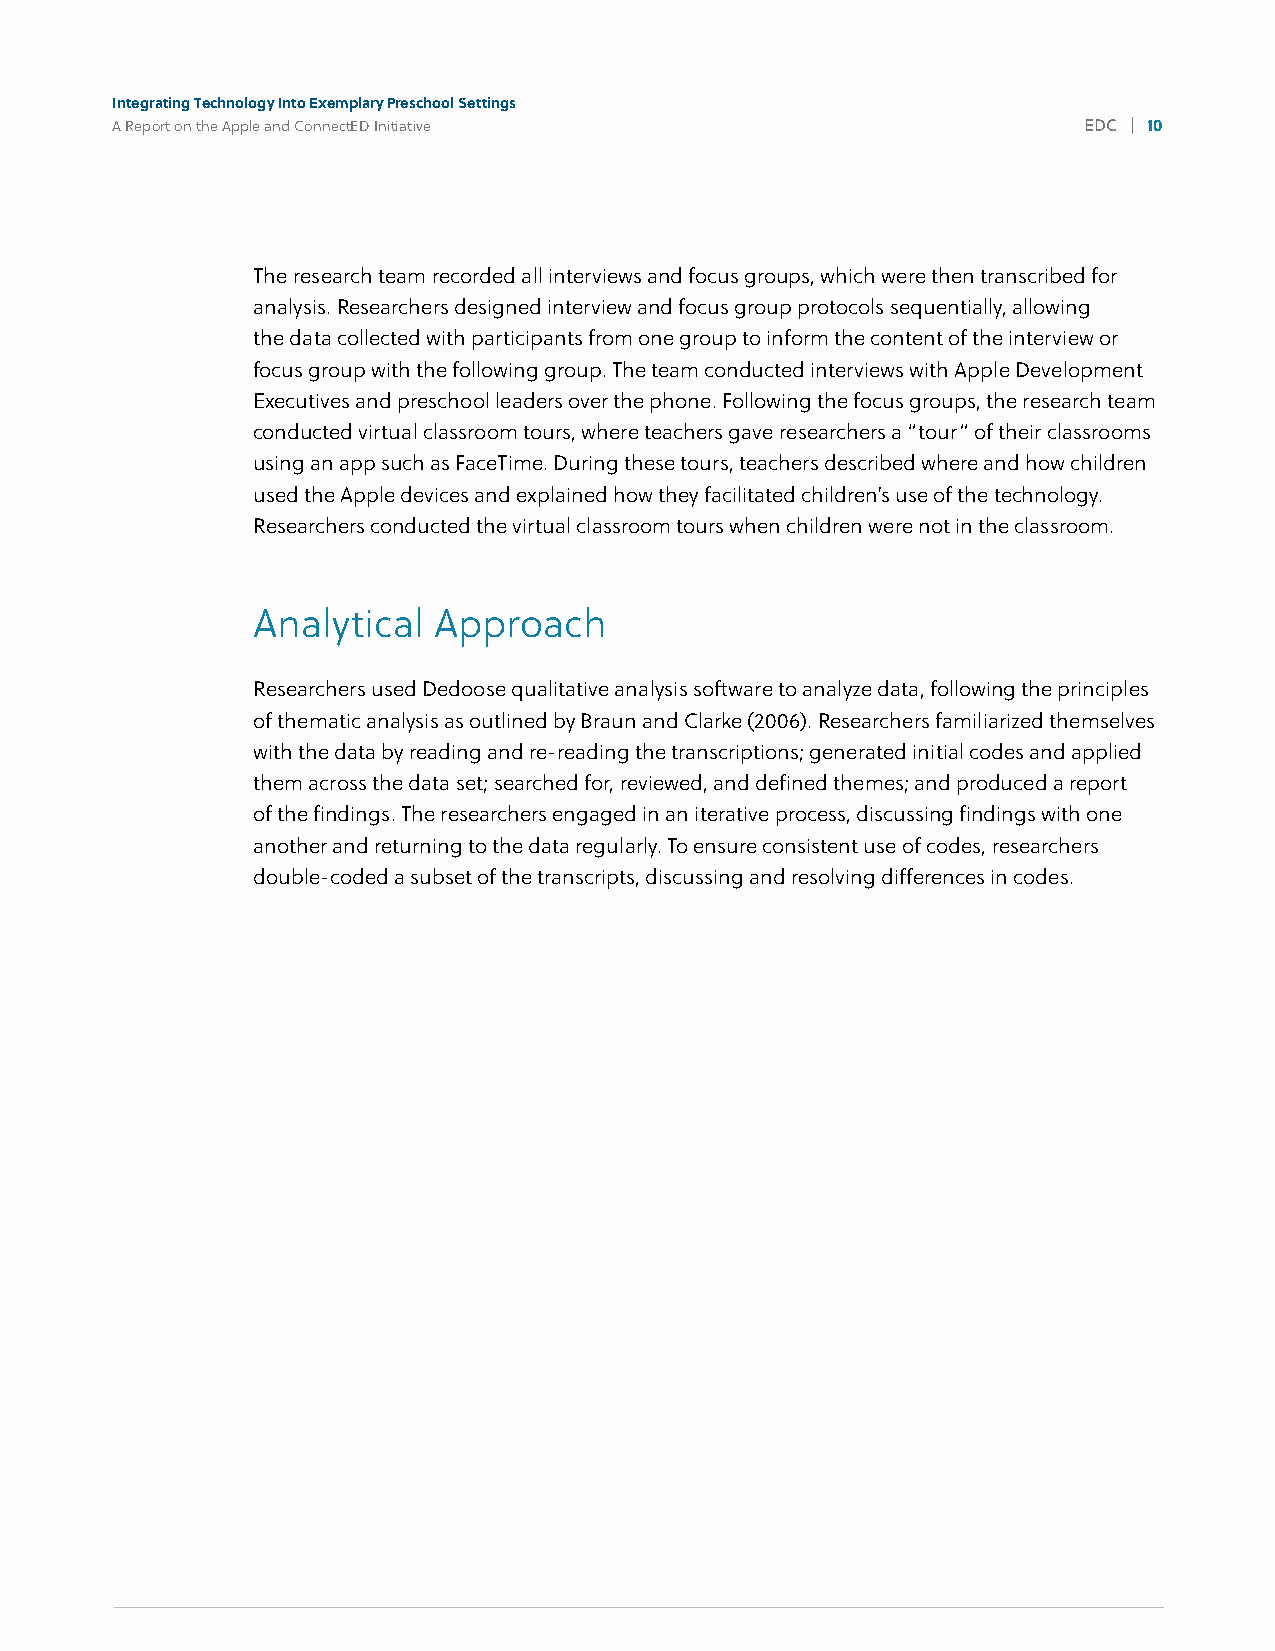
Integrating Technology Into Exemplary Preschool Settings
 A Report on the Apple and ConnectED Initiative                   EDC | 10
 4%
 The research team recorded all interviews and focus groups, which were then transcribed for
 analysis. Researchers designed interview and focus group protocols sequentially, allowing
 the data collected with participants from one group to inform the content of the interview or
 focus group with the following group. The team conducted interviews with Apple Development
 Executives and preschool leaders over the phone. Following the focus groups, the research team
 conducted virtual classroom tours, where teachers gave researchers a “tour” of their classrooms
 using an app such as FaceTime. During these tours, teachers described where and how children
 used the Apple devices and explained how they facilitated children’s use of the technology.
 Researchers conducted the virtual classroom tours when children were not in the classroom.
 Analytical  Approach
 Researchers used Dedoose qualitative analysis software to analyze data, following the principles
 of thematic analysis as outlined by Braun and Clarke (2006). Researchers familiarized themselves
 with the data by reading and re-reading the transcriptions; generated initial codes and applied
 them across the data set; searched for, reviewed, and defined themes; and produced a report
 of the findings. The researchers engaged in an iterative process, discussing findings with one
 another and returning to the data regularly. To ensure consistent use of codes, researchers
 double-coded a subset of the transcripts, discussing and resolving differences in codes.